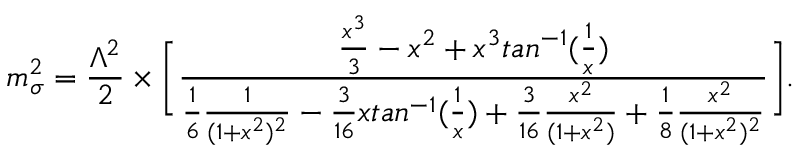
m _ { \sigma } ^ { 2 } = \frac { \Lambda ^ { 2 } } { 2 } \times \bigg [ \frac { \frac { x ^ { 3 } } { 3 } - x ^ { 2 } + x ^ { 3 } t a n ^ { - 1 } ( \frac { 1 } { x } ) } { \frac { 1 } { 6 } \frac { 1 } { ( 1 + x ^ { 2 } ) ^ { 2 } } - \frac { 3 } { 1 6 } x t a n ^ { - 1 } ( \frac { 1 } { x } ) + \frac { 3 } { 1 6 } \frac { x ^ { 2 } } { ( 1 + x ^ { 2 } ) } + \frac { 1 } { 8 } \frac { x ^ { 2 } } { ( 1 + x ^ { 2 } ) ^ { 2 } } } \bigg ] .